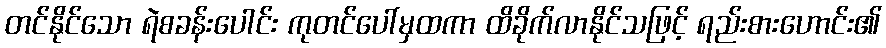
တင်နိုင်သော ရဲစခန်းပေါင်း ကုတင်ပေါ်မှထကာ ထိခိုက်လာနိုင်သဖြင့် ရည်းစားဟောင်း၏